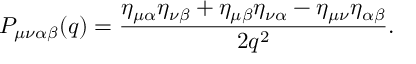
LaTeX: P _ { \mu \nu \alpha \beta } ( q ) = \frac { \eta _ { \mu \alpha } \eta _ { \nu \beta } + \eta _ { \mu \beta } \eta _ { \nu \alpha } - \eta _ { \mu \nu } \eta _ { \alpha \beta } } { 2 q ^ { 2 } } .